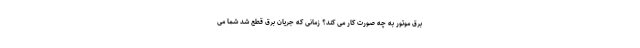
برق موتور به چه صورت کار می کند؟ زمانی که جریان برق قطع شد شما می